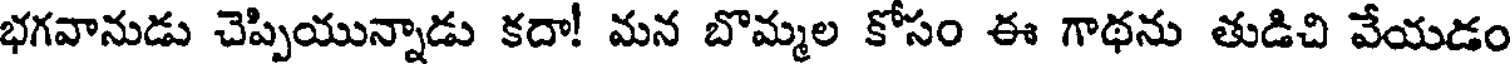
భగవానుడు చెప్పియున్నాడు కదా! మన బొమ్మల కోసం ఈ గాథను తుడిచి వేయడం